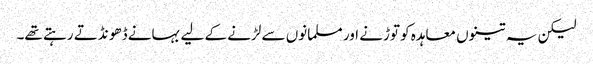
لیکن یہ تینوں معاہدہ کو توڑنے اور مسلمانوں سے لڑنے کے لیے بہانے ڈھو نڈتے رہتے تھے۔